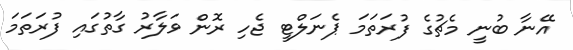
އޭނާ ބުނީ މެޗުގެ ފުރަތަމަ ޕެނަލްޓީ ޖެހި ރޮން ވަލާރު ގާތުގައި ފުރަތަމަ